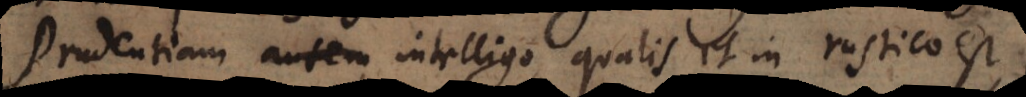
Prudentiam intelligo, qualis et in rustico est,